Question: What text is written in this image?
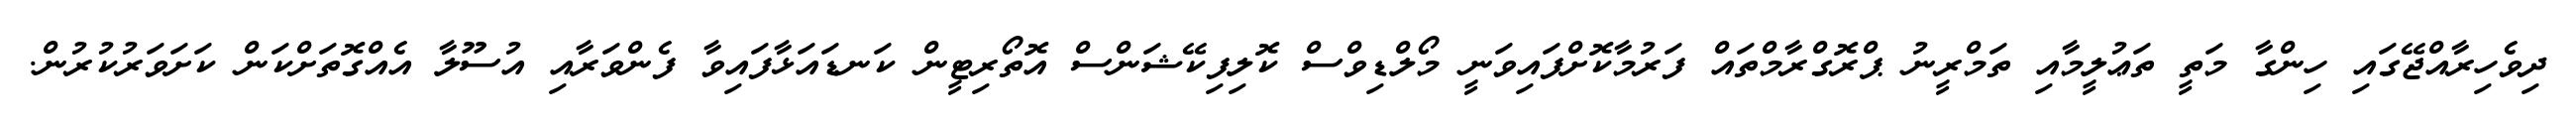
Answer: ދިވެހިރާއްޖޭގައި ހިންގާ މަތީ ތަޢުލީމާއި ތަމްރީނު ޕްރޮގްރާމްތައް ފަރުމާކޮށްފައިވަނީ މޯލްޑިވްސް ކޮލިފިކޭޝަންސް އޮތޯރިޓީން ކަނޑައަޅާފައިވާ ފެންވަރާއި އުސޫލާ އެއްގޮތަށްކަން ކަށަވަރުކުރުން.